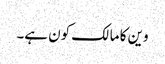
وین کا مالک کون ہے۔